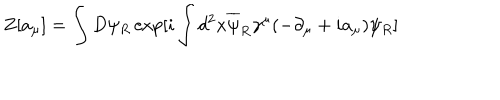
Z [ a _ { \mu } ] = \int D \psi _ { R } \exp [ i \int d ^ { 2 } x \overline { { { \psi } } } _ { R } \gamma ^ { \mu } ( - \partial _ { \mu } + i a _ { \mu } ) \psi _ { R } ]